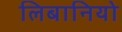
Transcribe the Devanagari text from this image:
लिबानियो